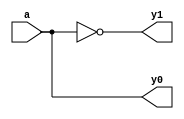
module decoder1to2(input wire a, output wire y1, y0);
    
    assign y1 = ~a;
    assign y0 = a;
    
endmodule

// [1:0] a === a1 a0 (2 bits)
// [3:0] y === y3 y2 y1 y0 (4 bits)
// input wire [1:0] a, output wire [3:0] y)
module decoder2to4(output wire [3:0] y, input wire [1:0] a);
    
    wire y3p, y2p, y1p, y0p;
    
    decoder1to2 U0(a[1], y3p, y2p);
    decoder1to2 U1(a[0], y1p, y0p);
    
    assign y[3] = y3p & y1p;
    assign y[2] = y3p & y0p;
    assign y[1] = y2p & y1p;
    assign y[0] = y2p & y0p;
    
endmodule

/*

Quiero implementar esta tabla de verdad:

    A B | Y
   -----|---
    0 0 | 0
    0 1 | 1
    1 0 | 1
    1 1 | 0

*/

module eje1(input wire a, b, output wire y);

    wire [3:0] yp;
    decoder2to4 U1(yp, {a,b});
    assign y = yp[1] | yp[2]; // Esta es la SOP
    
endmodule